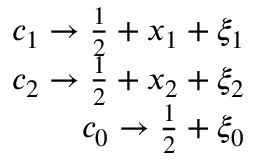
\begin{array} { r } { c _ { 1 } \rightarrow \frac { 1 } { 2 } + x _ { 1 } + \xi _ { 1 } } \\ { c _ { 2 } \rightarrow \frac { 1 } { 2 } + x _ { 2 } + \xi _ { 2 } } \\ { c _ { 0 } \rightarrow \frac { 1 } { 2 } + \xi _ { 0 } } \end{array}